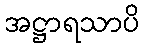
အဋ္ဌာရသာပိ